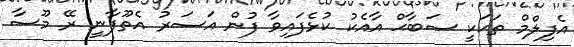
އެފިލްމް ތަކަކީ ޞަބާޙް އާއެކު ކުޅެފައިވާ ފުން އަސަރު އެތޫފާނީ ރޭ މޫސާ